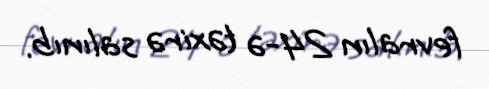
fevralın 24-ə təxirə salınıb.